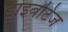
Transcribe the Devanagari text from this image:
डाइबटिज